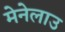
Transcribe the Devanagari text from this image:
मेनेलाउ